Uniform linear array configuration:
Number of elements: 48
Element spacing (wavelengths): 0.5
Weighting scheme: hann
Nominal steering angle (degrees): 45
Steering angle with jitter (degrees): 43.755
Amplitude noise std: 0.05
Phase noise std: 0.05

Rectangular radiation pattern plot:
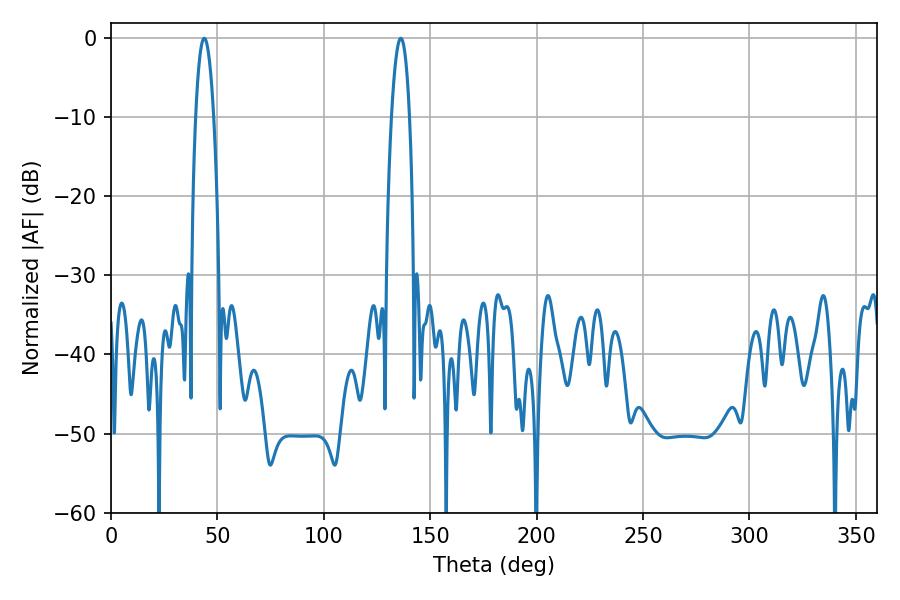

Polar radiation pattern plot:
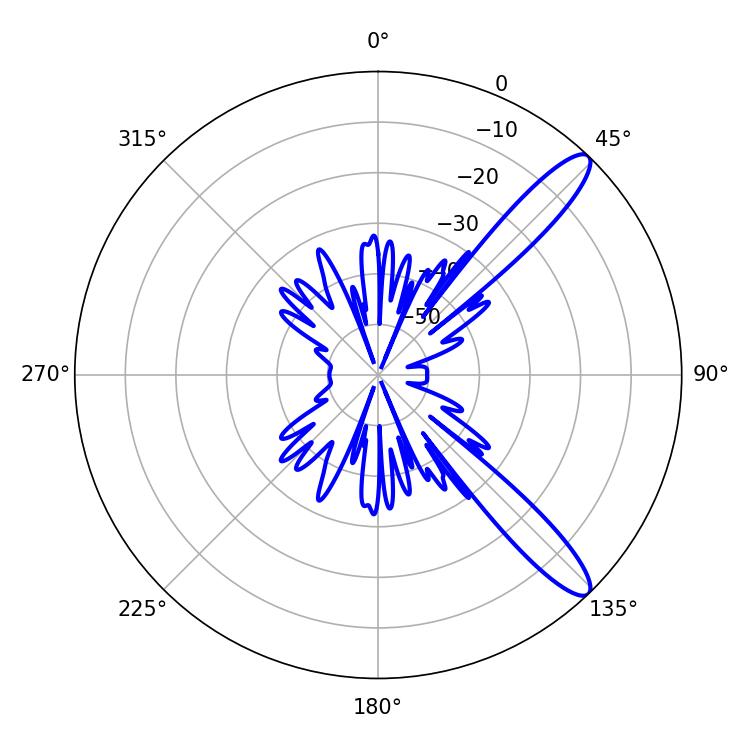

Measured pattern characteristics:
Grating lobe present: FALSE
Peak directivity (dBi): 12.123
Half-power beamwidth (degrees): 4.68
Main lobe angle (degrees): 43.74